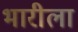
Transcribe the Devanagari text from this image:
भारीला